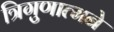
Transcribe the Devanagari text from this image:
त्रिगुणात्मने